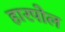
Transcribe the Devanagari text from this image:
हारपोल